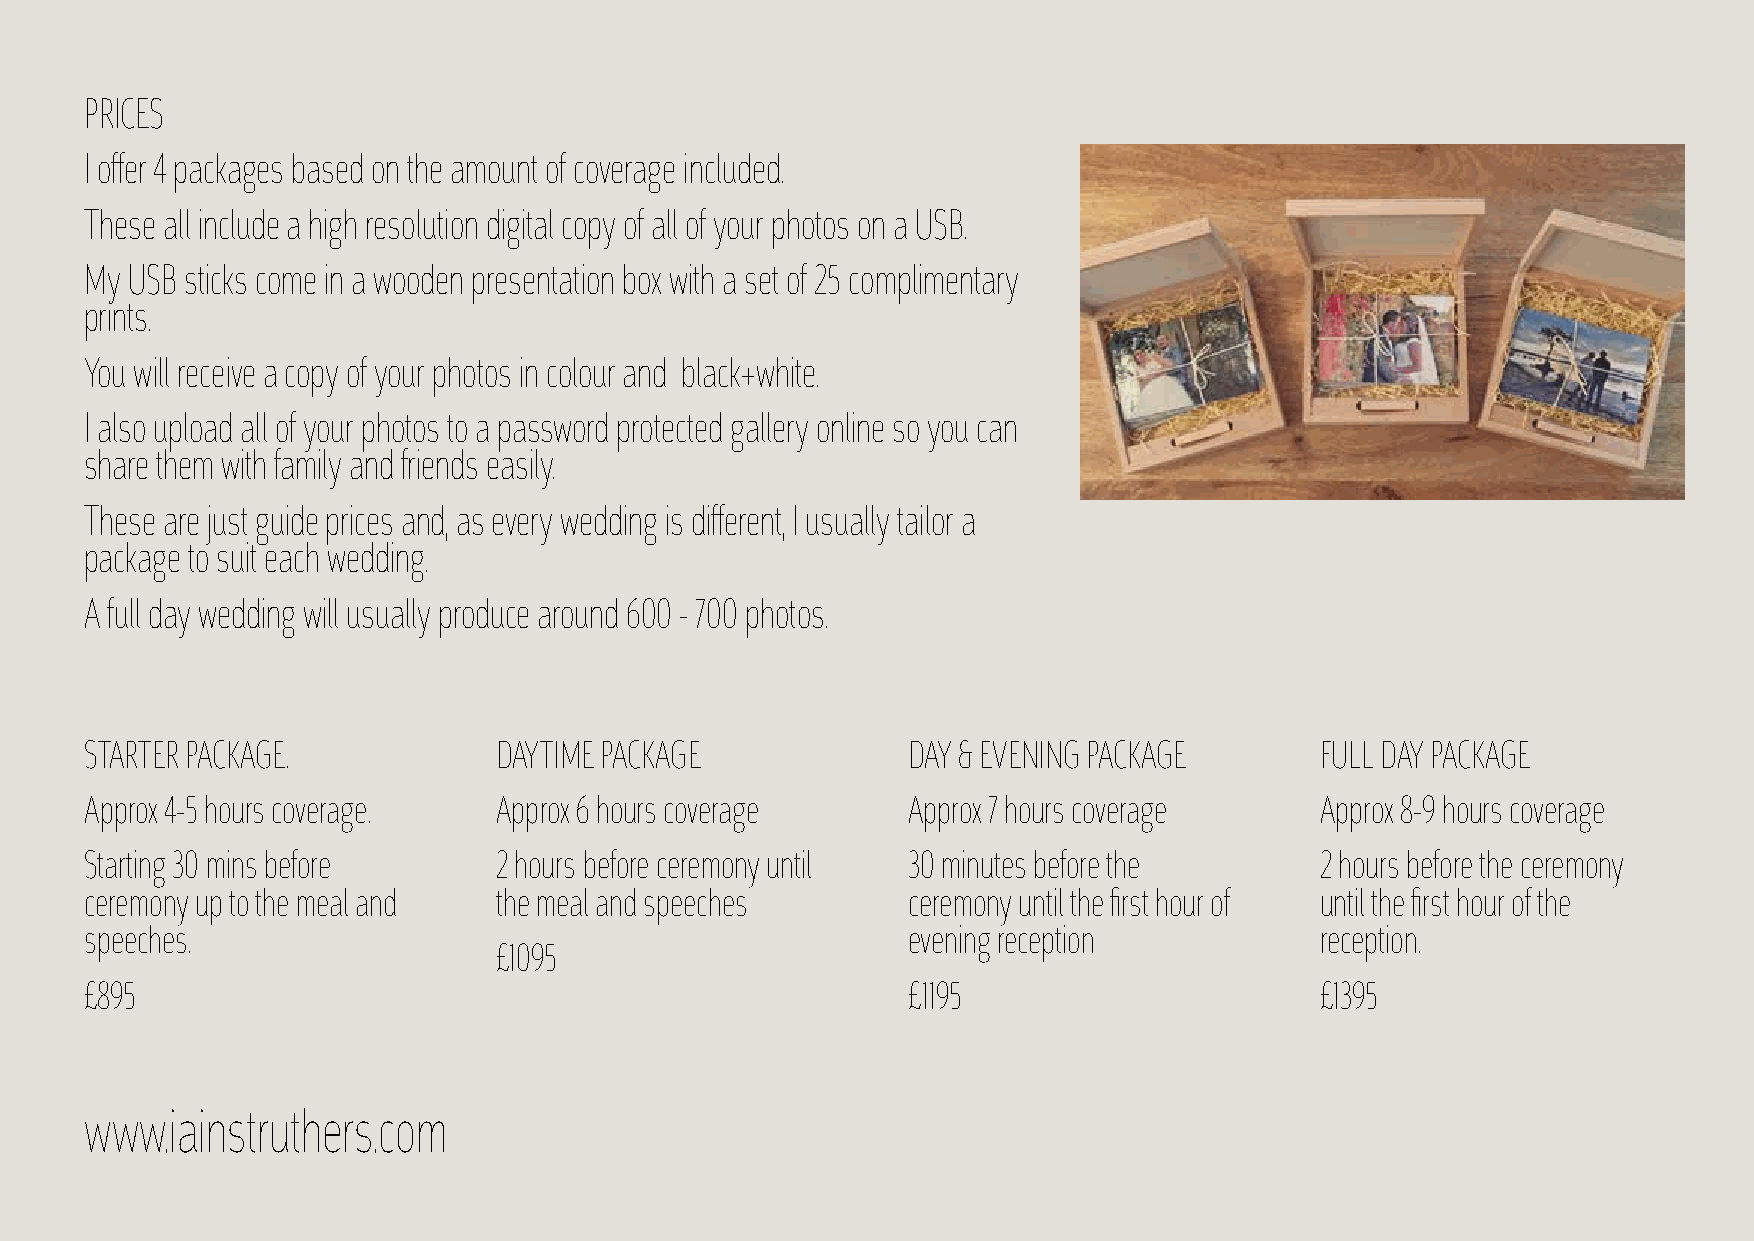
PRICES
 I offer 4 packages based on the amount of coverage included.
 These all include a high resolution digital copy of all of your photos on a USB.
 My USB sticks come in a wooden presentation box with a set of 25 complimentary
 prints.
 You will receive a copy of your photos in colour and black+white.
 I also upload all of your photos to a password protected gallery online so you can
 share them with family and friends easily.
 These are just guide prices and, as every wedding is different, I usually tailor a
 package to suit each wedding.
 A full day wedding will usually produce around 600 - 700 photos.
 STARTER PACKAGE.           DAYTIME PACKAGE            DAY & EVENING PACKAGE      FULL DAY PACKAGE
 Approx 4-5 hours coverage. Approx 6 hours coverage    Approx 7 hours coverage    Approx 8-9 hours coverage
 Starting 30 mins before    2 hours before ceremony until 30 minutes before the   2 hours before the ceremony
 ceremony up to the meal and the meal and speeches     ceremony until the first hour of until the first hour of the
 speeches.                                             evening reception          reception.
 £1095
 £895                                                  £1195                      £1395
 www.iainstruthers.com